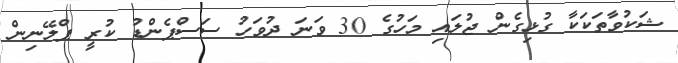
ޝަކުވާތަކަކާ ގުޅިގެން ޖުލައި މަހުގެ 30 ވަނަ ދުވަހު ސަސްޕެންޑު ކުރީ ޕްލޭނިން